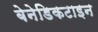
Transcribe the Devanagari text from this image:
बेनेडिकटाइन